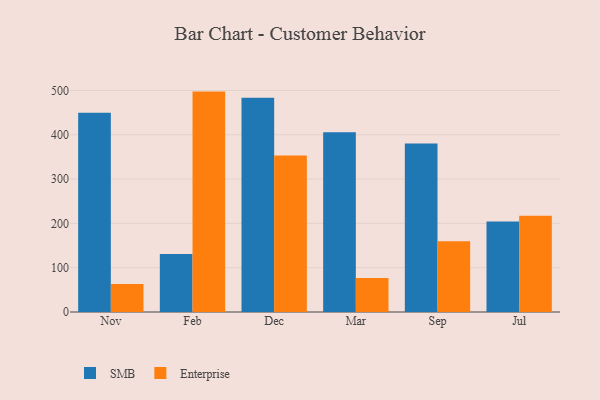
{"axis": {"x": "Month", "y": "Bounce Rate (%)"}, "legend": ["Enterprise", "SMB"], "data": [{"x": "Nov", "y": 450.0, "type": "SMB"}, {"x": "Nov", "y": 63.1, "type": "Enterprise"}, {"x": "Feb", "y": 130.9, "type": "SMB"}, {"x": "Feb", "y": 497.5, "type": "Enterprise"}, {"x": "Dec", "y": 483.6, "type": "SMB"}, {"x": "Dec", "y": 353.4, "type": "Enterprise"}, {"x": "Mar", "y": 405.6, "type": "SMB"}, {"x": "Mar", "y": 76.9, "type": "Enterprise"}, {"x": "Sep", "y": 380.6, "type": "SMB"}, {"x": "Sep", "y": 159.7, "type": "Enterprise"}, {"x": "Jul", "y": 204.4, "type": "SMB"}, {"x": "Jul", "y": 217.4, "type": "Enterprise"}]}